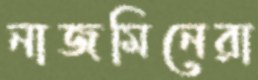
নাজমিনেরা